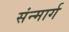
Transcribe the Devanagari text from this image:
संन्मार्ग